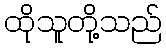
ထိုသူတို့သည်